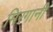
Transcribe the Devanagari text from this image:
मिरगानी